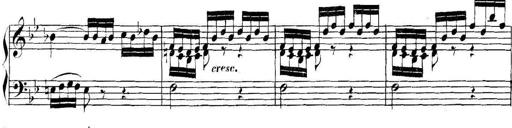
Title: Collected Piano Sonatas
Composer: Muzio Clementi